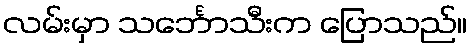
လမ်းမှာ သင်္ဘောသီးက ပြောသည်။